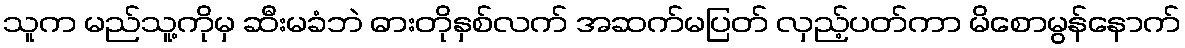
သူက မည်သူ့ကိုမှ ဆီးမခံဘဲ ဓားတိုနှစ်လက် အဆက်မပြတ် လှည့်ပတ်ကာ မိစောမွန်နောက်